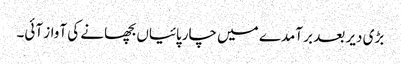
بڑی دیر بعد بر آمدے میں چارپائیاں بچھانے کی آواز آئی۔